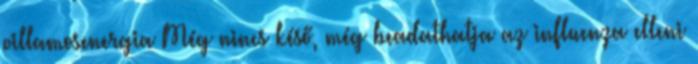
villamosenergia Még nincs késő, még beadathatja az influenza elleni